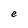
Character: e